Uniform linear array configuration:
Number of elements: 24
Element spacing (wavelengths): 0.75
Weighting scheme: hann
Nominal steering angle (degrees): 60
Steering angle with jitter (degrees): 59.054
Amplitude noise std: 0.05
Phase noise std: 0.05

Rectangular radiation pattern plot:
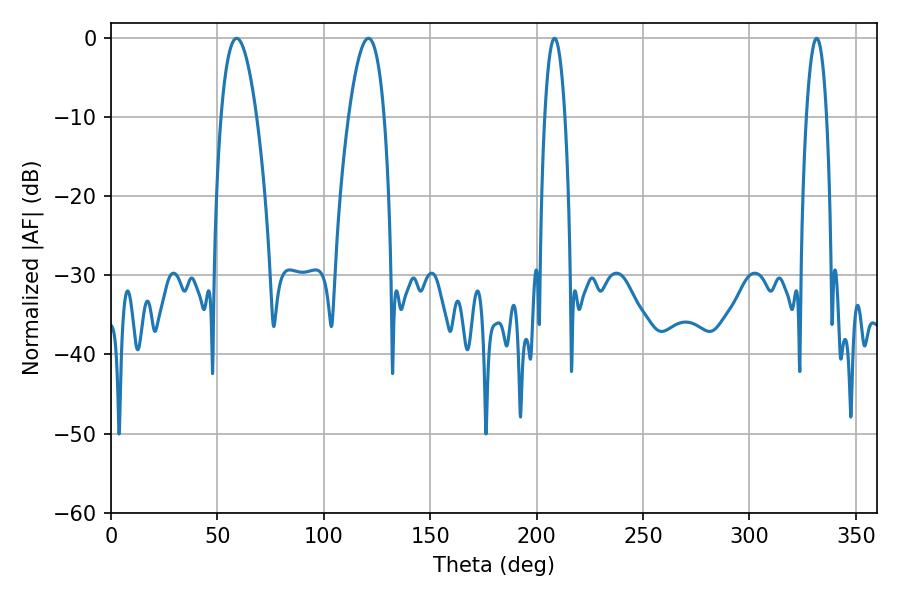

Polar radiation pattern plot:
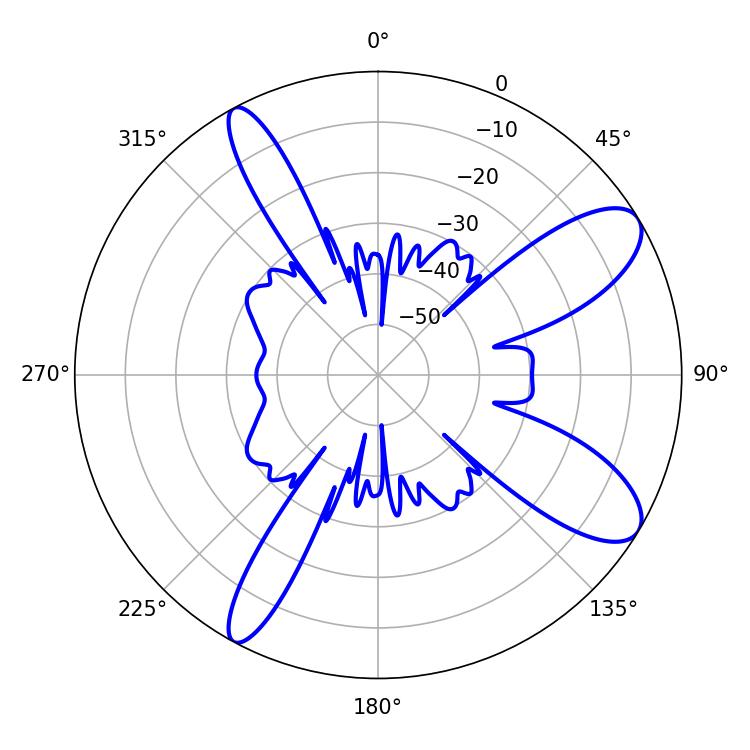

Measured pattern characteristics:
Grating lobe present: TRUE
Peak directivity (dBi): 9.935
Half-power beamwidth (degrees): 9.18
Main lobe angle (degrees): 59.04